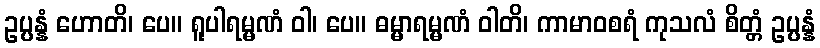
ဥပ္ပန္နံ ဟောတိ၊ ပေ။ ရူပါရမ္မဏံ ဝါ၊ ပေ။ ဓမ္မာရမ္မဏံ ဝါတိ၊ ကာမာဝစရံ ကုသလံ စိတ္တံ ဥပ္ပန္နံ